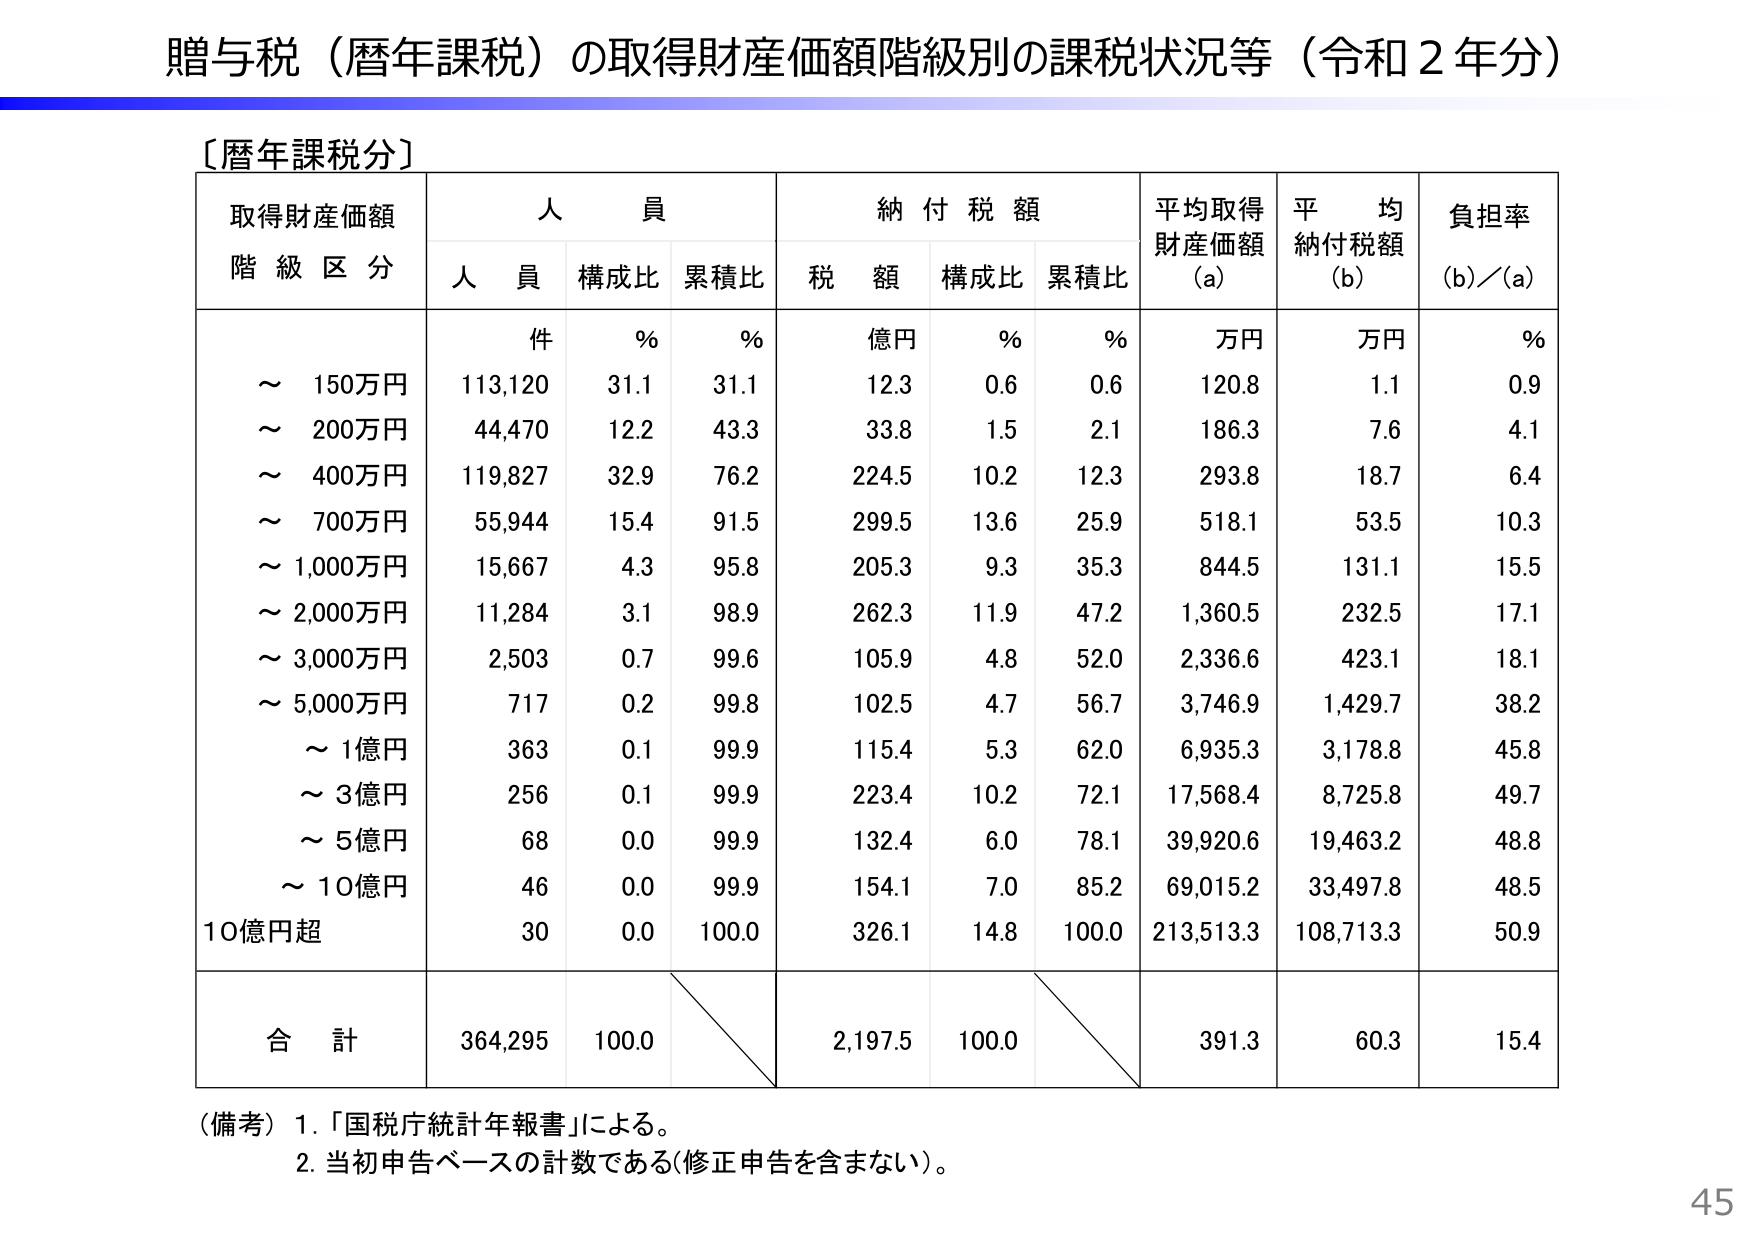
贈与税（暦年課税）の取得財産価額階級別の課税状況等（令和２年分）

〔暦年課税分〕

取得財産価額
階級区分

人員
人員
構成比
累積比

納付税額
税額
構成比
累積比

平均取得
財産価額
(a)

平均
納付税額
(b)

負担率
(b)/(a)

件
%
%
億円
%
%
万円
万円
%

～ 150万円
113,120
31.1
31.1
12.3
0.6
0.6
120.8
1.1
0.9

～ 200万円
44,470
12.2
43.3
33.8
1.5
2.1
186.3
7.6
4.1

～ 400万円
119,827
32.9
76.2
224.5
10.2
12.3
293.8
18.7
6.4

～ 700万円
55,944
15.4
91.5
299.5
13.6
25.9
518.1
53.5
10.3

～ 1,000万円
15,667
4.3
95.8
205.3
9.3
35.3
844.5
131.1
15.5

～ 2,000万円
11,284
3.1
98.9
262.3
11.9
47.2
1,360.5
232.5
17.1

～ 3,000万円
2,503
0.7
99.6
105.9
4.8
52.0
2,336.6
423.1
18.1

～ 5,000万円
717
0.2
99.8
102.5
4.7
56.7
3,746.9
1,429.7
38.2

～ 1億円
363
0.1
99.9
115.4
5.3
62.0
6,935.3
3,178.8
45.8

～ 3億円
256
0.1
99.9
223.4
10.2
72.1
17,568.4
8,725.8
49.7

～ 5億円
68
0.0
99.9
132.4
6.0
78.1
39,920.6
19,463.2
48.8

～ 10億円
46
0.0
99.9
154.1
7.0
85.2
69,015.2
33,497.8
48.5

10億円超
30
0.0
100.0
326.1
14.8
100.0
213,513.3
108,713.3
50.9

合計
364,295
100.0
2,197.5
100.0
391.3
60.3
15.4

（備考）1.「国税庁統計年報書」による。
2. 当初申告ベースの計数である（修正申告を含まない）。

45